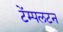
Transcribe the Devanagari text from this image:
टेंम्पलटन